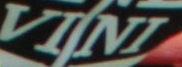
VINI